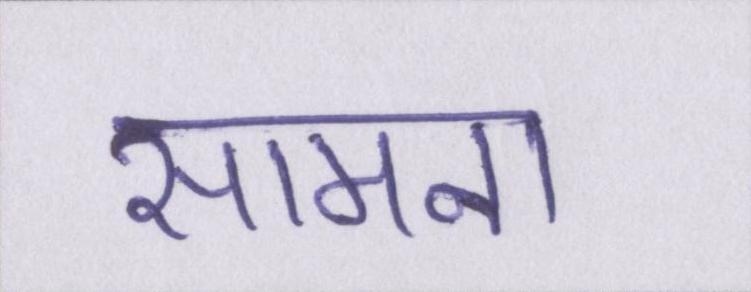
सामना